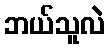
ဘယ်သူလဲ